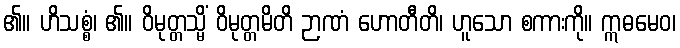
၏။ ဟိသစ္စံ၊ ၏။ ဝိမုတ္တသ္မိံ ဝိမုတ္တမိတိ ဉာဏံ ဟောတီတိ၊ ဟူသော စကားကို။ ဣဓမေဝ၊